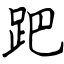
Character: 跁